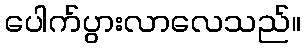
ပေါက်ပွားလာလေသည်။